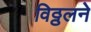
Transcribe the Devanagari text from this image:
विठ्ठलने